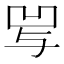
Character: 𰄒